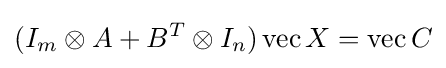
(I_{m}\otimes A+B^{T}\otimes I_{n})\operatorname {vec} X=\operatorname {vec} C